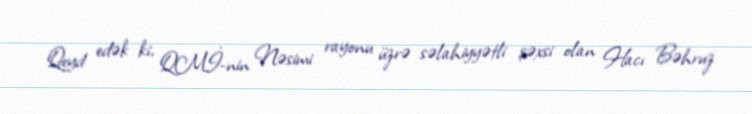
Qeyd edək ki, QMİ-nin Nəsimi rayonu üzrə səlahiyyətli şəxsi olan Hacı Bəhruz